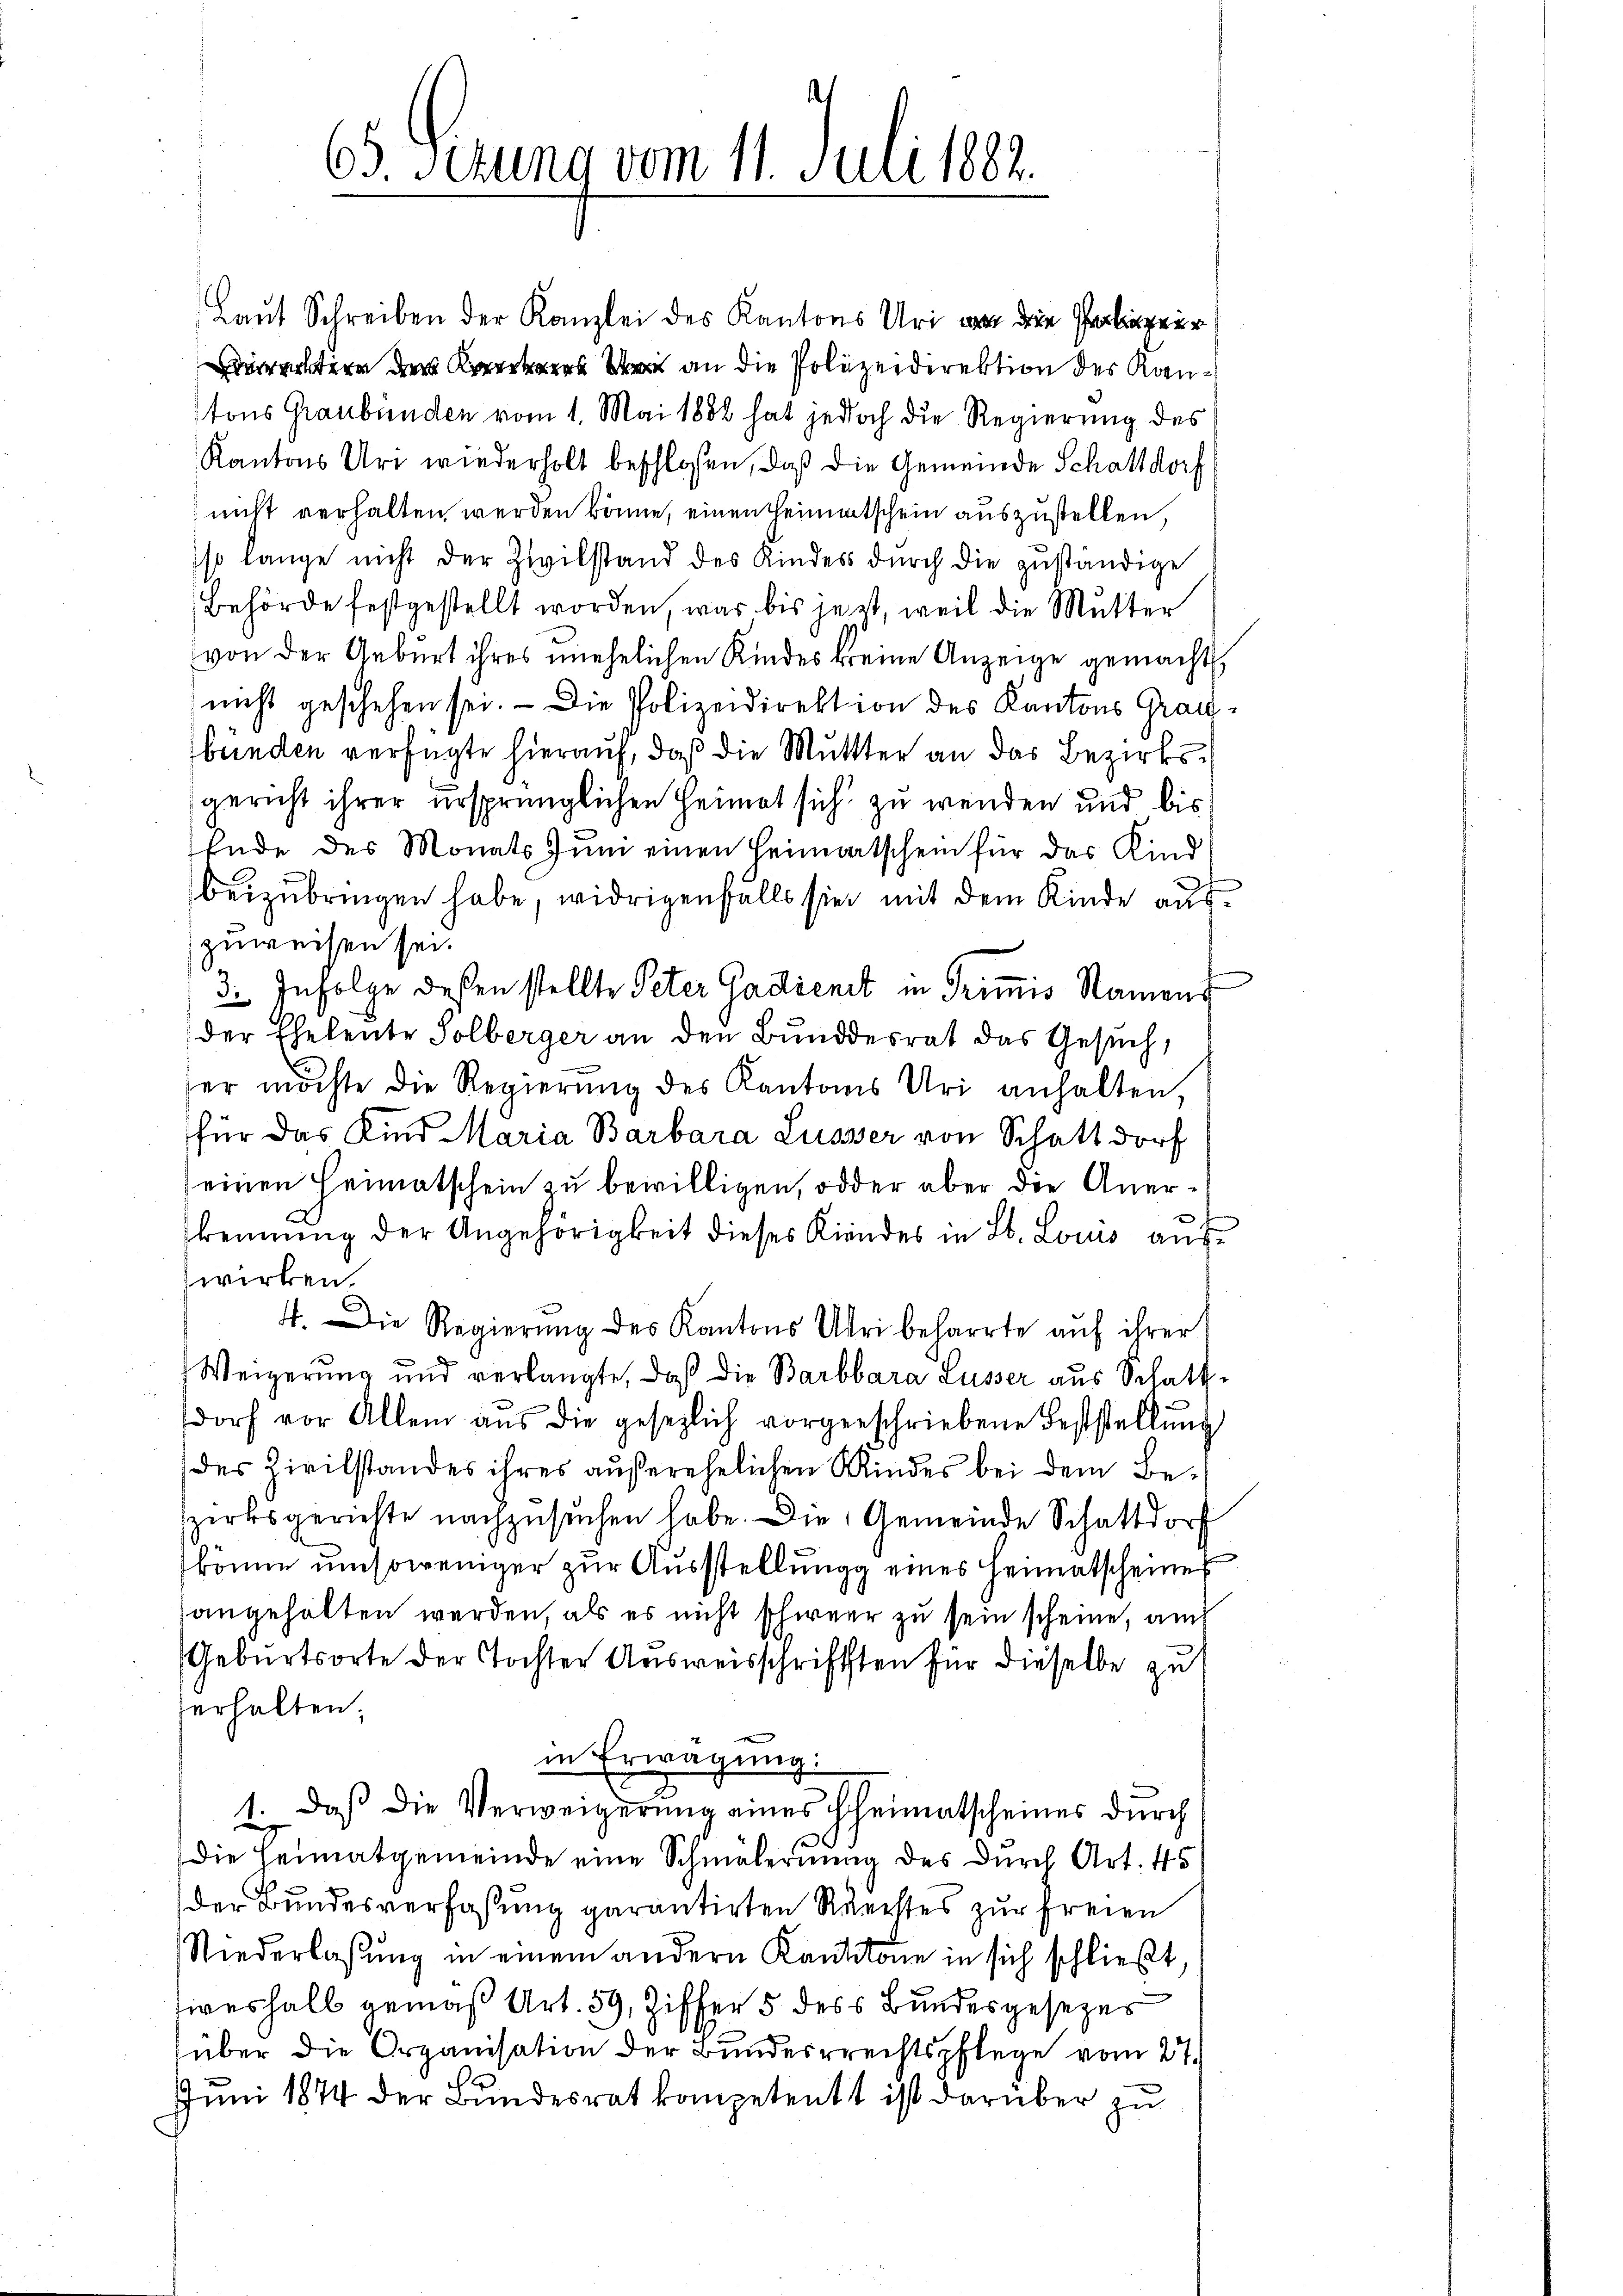
65. Ferung vom 11. Juli 1882.

Laut Schreiben der Kanzlei des Kantons Uri von die Gerlinger
rerstern der Kan die Polizeidirektion des Kantons Graubünden vom 1. Mai 1882 hat jedoch die Regierung des
Kantons Uri wiederholt beschlossen, daß die Gemeinde Schattdorf
nicht verhalten werden könne, einen Heimatschein auszustellen,
iso lange nicht der Zivilstand des Kindes dŭrch die zŭständige
Behörde festgestellt worden, war bis jezt, weil die Mutter
von der Geburt ihres unehelichen Kindes keine Anzeige gemacht,
nicht geschehen sei. - Die Polizeidirektion des Kantons Graubünden verfügte hierauf, daß die Mutter an das Bezirksgericht ihrer ursprünglichen Heimat sich zu wenden und bis
Ende des Monats Juni einen Heimatschein für das Kind
beizubringen habe, widrigenfalls sie mit dem Kinde auszuweisen sei.
3. Infolge deßen stellte Peter Gadienet in Trimis Namen
der Eheleute Solberger an den Bundesrat das Gesuch,
ser möchte die Regierŭng des Kantons Uri anhalten,
für das Kind Maria Barbara Lusser von Schattdorf
einen Heimatschein zu bewilligen, oder aber die Anerkennung der Angehörigkeit dieses Kindes in St. Locus auf
wirken.
¬
4. Die Regierŭng des Kantons Uri beharrte aŭf ihrer
Weigerung und verlangte, daß die Barbbara Lusser aus Schattsdorf vor Allem aŭs die gesezlich vorgeschriebene Feststellŭng
des Zivilstandes ihres außerehelichen Kindes bei dem Bezirksgerichte nachzŭsŭchen habe. Die Gemeinde Schattdorf
könne umsoweniger zur Ausstellung eines Heimatscheines
angehalten werden als es nicht schweer zu sein scheine, auch
Geburtsorte der Tochter Ausweisschriftsten für dieselbe zu
erhalten;
in Erwägung:
1. daß die Verweigerung eines Heimatscheines durch
die Heimatgemeinde eine Schmälernung des durch Art. 45
der Bundesverfaßung garantirten Rechtes zur Freien
Niederlaßung in einem andern Kantone in sich schließt,
siveshalb gemäß Art. 59, Ziffer 5 des Bundesgesezes
über die Organisation der Bundesrechtspflege vom 27.
Juni 1874 der Bundesrat kompetent ist darüber zu